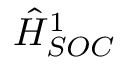
\hat { H } _ { S O C } ^ { 1 }